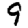
Digit: 9